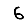
Digit: 6